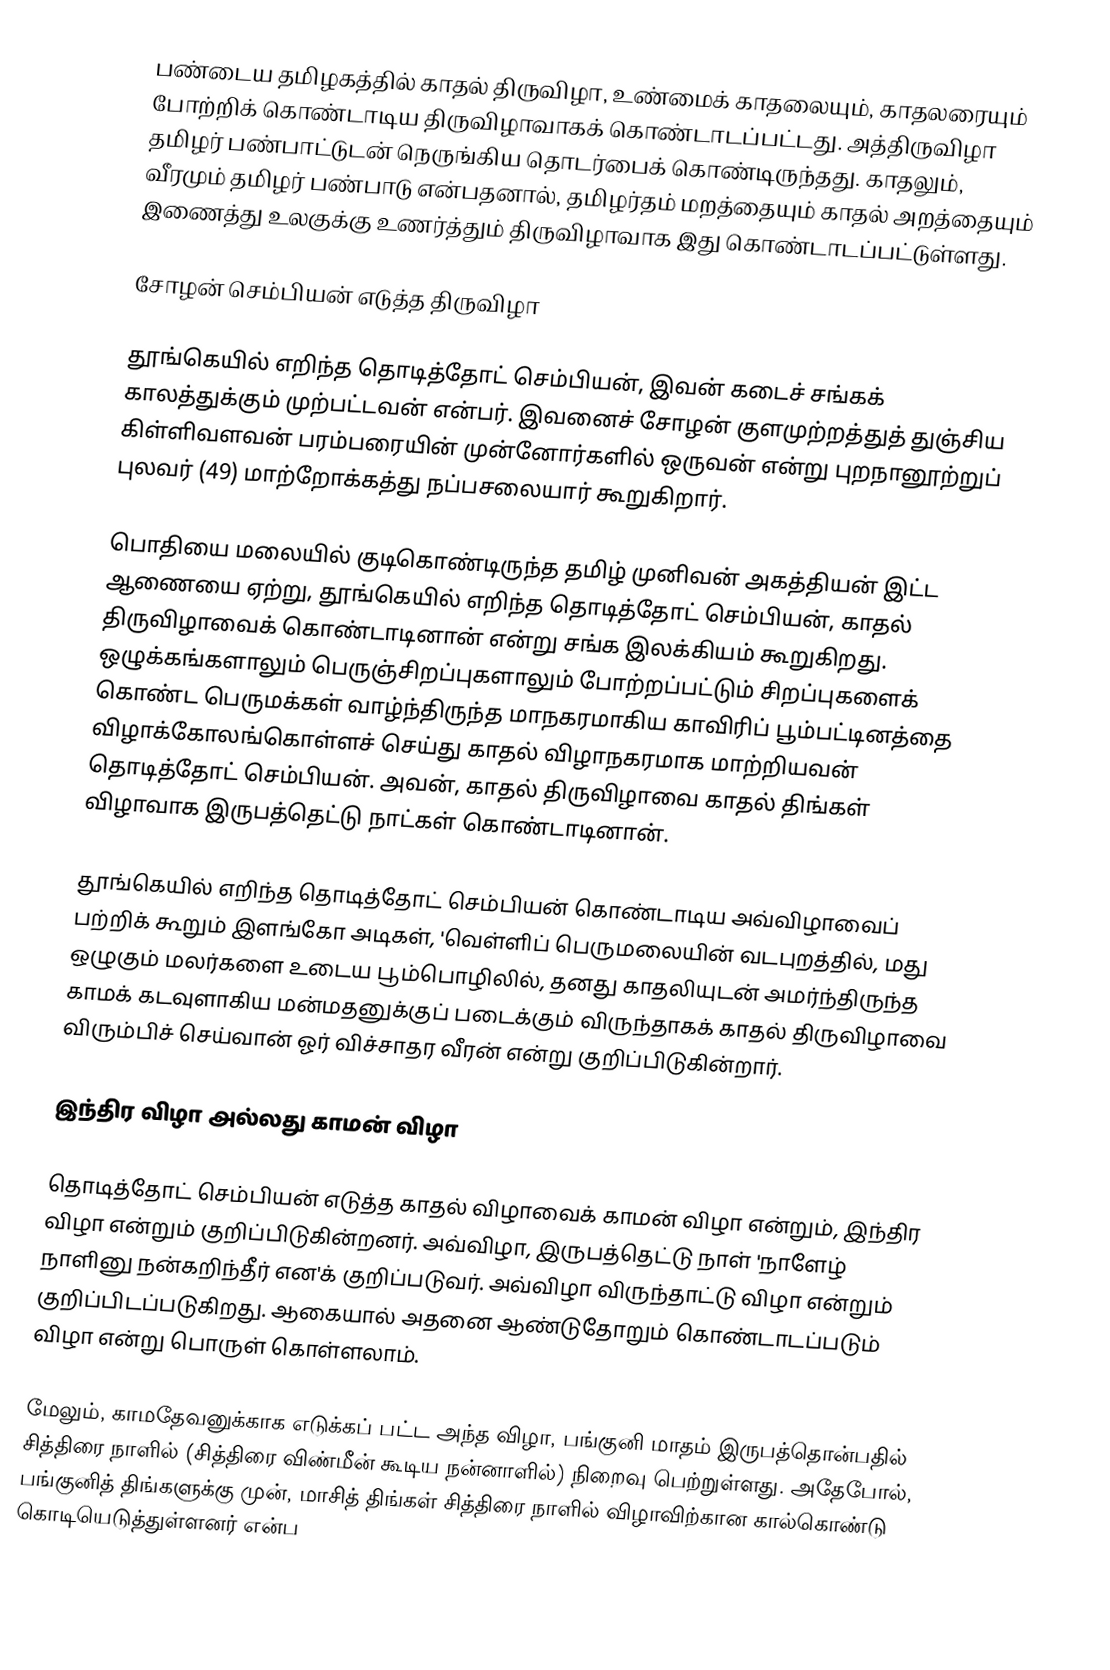
பண்டைய தமிழகத்தில் காதல் திருவிழா, உண்மைக் காதலையும், காதலரையும் போற்றிக் கொண்டாடிய திருவிழாவாகக் கொண்டாடப்பட்டது. அத்திருவிழா தமிழர் பண்பாட்டுடன் நெருங்கிய தொடர்பைக் கொண்டிருந்தது. காதலும், வீரமும் தமிழர் பண்பாடு என்பதனால், தமிழர்தம் மறத்தையும் காதல் அறத்தையும் இணைத்து உலகுக்கு உணர்த்தும் திருவிழாவாக இது கொண்டாடப்பட்டுள்ளது.

சோழன் செம்பியன் எடுத்த திருவிழா

தூங்கெயில் எறிந்த தொடித்தோட் செம்பியன், இவன் கடைச் சங்கக் காலத்துக்கும் முற்பட்டவன் என்பர். இவனைச் சோழன் குளமுற்றத்துத் துஞ்சிய கிள்ளிவளவன் பரம்பரையின் முன்னோர்களில் ஒருவன் என்று புறநானூற்றுப் புலவர் (49) மாற்றோக்கத்து நப்பசலையார் கூறுகிறார்.

பொதியை மலையில் குடிகொண்டிருந்த தமிழ் முனிவன் அகத்தியன் இட்ட ஆணையை ஏற்று, தூங்கெயில் எறிந்த தொடித்தோட் செம்பியன், காதல் திருவிழாவைக் கொண்டாடினான் என்று சங்க இலக்கியம் கூறுகிறது. ஒழுக்கங்களாலும் பெருஞ்சிறப்புகளாலும் போற்றப்பட்டும் சிறப்புகளைக் கொண்ட பெருமக்கள் வாழ்ந்திருந்த மாநகரமாகிய காவிரிப் பூம்பட்டினத்தை விழாக்கோலங்கொள்ளச் செய்து காதல் விழாநகரமாக மாற்றியவன் தொடித்தோட் செம்பியன். அவன், காதல் திருவிழாவை காதல் திங்கள் விழாவாக இருபத்தெட்டு நாட்கள் கொண்டாடினான்.

தூங்கெயில் எறிந்த தொடித்தோட் செம்பியன் கொண்டாடிய அவ்விழாவைப் பற்றிக் கூறும் இளங்கோ அடிகள், 'வெள்ளிப் பெருமலையின் வடபுறத்தில், மது ஒழுகும் மலர்களை உடைய பூம்பொழிலில், தனது காதலியுடன் அமர்ந்திருந்த காமக் கடவுளாகிய மன்மதனுக்குப் படைக்கும் விருந்தாகக் காதல் திருவிழாவை விரும்பிச் செய்வான் ஓர் விச்சாதர வீரன் என்று குறிப்பிடுகின்றார்.

இந்திர விழா அல்லது காமன் விழா

தொடித்தோட் செம்பியன் எடுத்த காதல் விழாவைக் காமன் விழா என்றும், இந்திர விழா என்றும் குறிப்பிடுகின்றனர். அவ்விழா, இருபத்தெட்டு நாள் 'நாளேழ் நாளினு நன்கறிந்தீர் என'க்  குறிப்படுவர். அவ்விழா விருந்தாட்டு விழா என்றும் குறிப்பிடப்படுகிறது. ஆகையால் அதனை ஆண்டுதோறும் கொண்டாடப்படும் விழா என்று பொருள் கொள்ளலாம்.

மேலும், காமதேவனுக்காக எடுக்கப் பட்ட அந்த விழா, பங்குனி மாதம் இருபத்தொன்பதில் சித்திரை நாளில் (சித்திரை விண்மீன் கூடிய நன்னாளில்) நிறைவு பெற்றுள்ளது. அதேபோல், பங்குனித் திங்களுக்கு முன், மாசித் திங்கள் சித்திரை நாளில் விழாவிற்கான கால்கொண்டு கொடியெடுத்துள்ளனர் என்ப